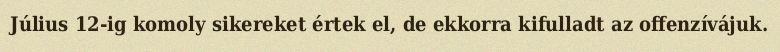
Július 12-ig komoly sikereket értek el, de ekkorra kifulladt az offenzívájuk.